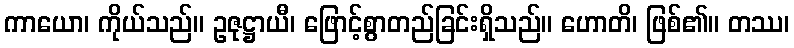
ကာယော၊ ကိုယ်သည်။ ဥဇုဋ္ဌာယီ၊ ဖြောင့်စွာတည်ခြင်းရှိသည်။ ဟောတိ၊ ဖြစ်၏။ တဿ၊